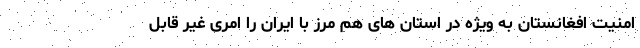
امنیت افغانستان به ویژه در استان های هم مرز با ایران را امری غیر قابل